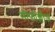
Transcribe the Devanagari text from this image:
सीफोक्लीज